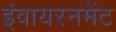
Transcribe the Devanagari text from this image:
इंवायरनमेंट